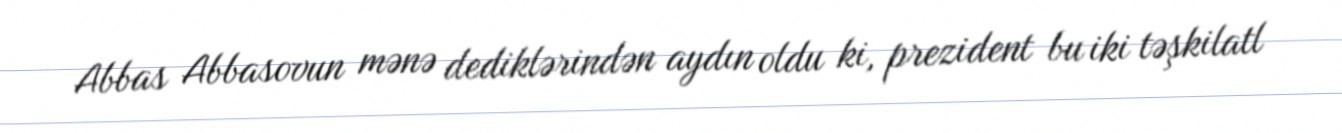
Abbas Abbasovun mənə dediklərindən aydın oldu ki, prezident bu iki təşkilatl